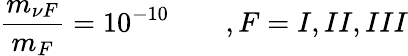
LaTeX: {\frac{m_{\nu F}}{m_{F}}}=10^{-10}\qquad,F=I,II,III